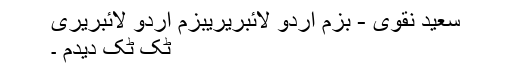
سعید نقوی - بزم اردو لائبریریبزم اردو لائبریری
ٹک ٹک دیدم ۔